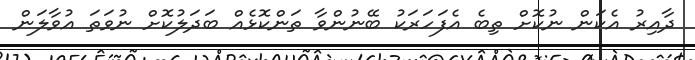
ދާއިރު އެކަން ނުކޮށް ތިބެ އެފަހަރަކު ބޭނުންވާ ތަންކޮޅެއް ބަދަލުކޮށް ނުވަތަ އުވާލަން